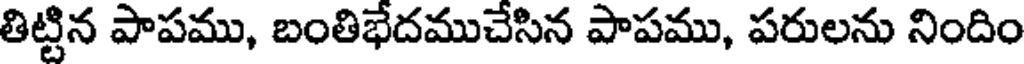
తిట్టిన పాపము, బంతిభేదముచేసిన పాపము, పరులను నిందిం